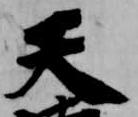
天